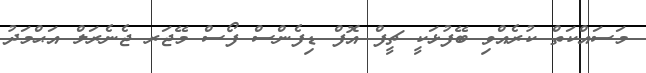
މަސައްކަތް ކުރެއްވި ބޭފުޅަކީ ޗީފް އޮފް ޑިފެންސް ފޯސް މޭޖަރ ޖެނެރަލް އަޙްމަދު